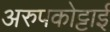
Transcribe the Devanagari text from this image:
अरुपकोट्टाई